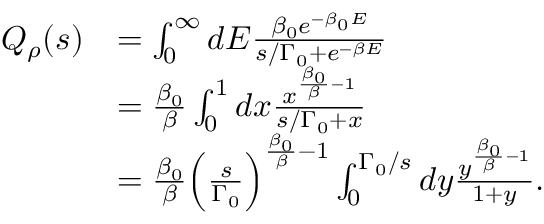
\begin{array} { r l } { Q _ { \rho } ( s ) } & { = \int _ { 0 } ^ { \infty } d E \frac { \beta _ { 0 } e ^ { - \beta _ { 0 } E } } { s / \Gamma _ { 0 } + e ^ { - \beta E } } } \\ & { = \frac { \beta _ { 0 } } { \beta } \int _ { 0 } ^ { 1 } d x \frac { x ^ { \frac { \beta _ { 0 } } { \beta } - 1 } } { s / \Gamma _ { 0 } + x } } \\ & { = \frac { \beta _ { 0 } } { \beta } \Big ( \frac { s } { \Gamma _ { 0 } } \Big ) ^ { \frac { \beta _ { 0 } } { \beta } - 1 } \int _ { 0 } ^ { \Gamma _ { 0 } / s } d y \frac { y ^ { \frac { \beta _ { 0 } } { \beta } - 1 } } { 1 + y } . } \end{array}